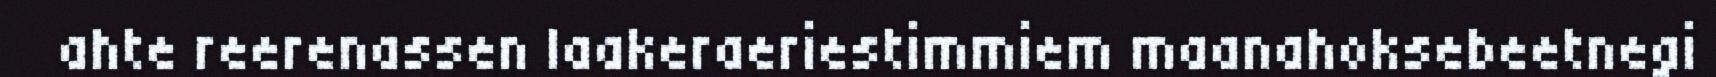
ahte reerenassen laakeraeriestimmiem maanahoksebeetnegi